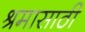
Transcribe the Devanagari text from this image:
श्रमासाठी